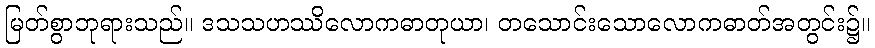
မြတ်စွာဘုရားသည်။ ဒသသဟဿိလောကဓာတုယာ၊ တသောင်းသောလောကဓာတ်အတွင်း၌။